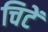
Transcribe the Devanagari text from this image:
चिटें